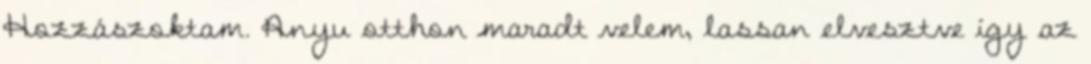
Hozzászoktam. Anyu otthon maradt velem, lassan elvesztve így az